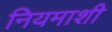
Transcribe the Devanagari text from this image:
नियमाशी